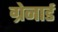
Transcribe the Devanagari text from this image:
ग्रेनार्ड